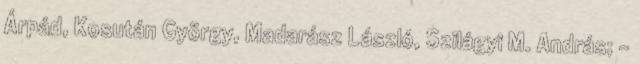
Árpád, Kosután György, Madarász László, Szilágyi M. András; –